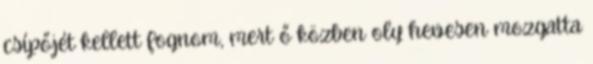
csípőjét kellett fognom, mert ő közben oly hevesen mozgatta